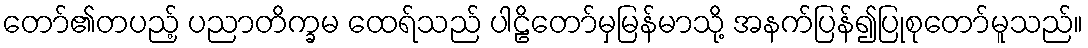
တော်၏တပည့် ပညာတိက္ခမ ထေရ်သည် ပါဠိတော်မှမြန်မာသို့ အနက်ပြန်၍ပြုစုတော်မူသည်။